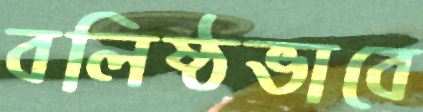
বলিষ্ঠভাবে